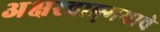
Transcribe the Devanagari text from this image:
अक्षरवाङ्‌मयाचे